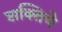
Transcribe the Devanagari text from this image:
शक्तिचे